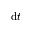
\mathrm { d } t